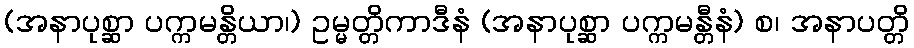
(အနာပုစ္ဆာ ပက္ကမန္တိယာ၊) ဥမ္မတ္တိကာဒီနံ (အနာပုစ္ဆာ ပက္ကမန္တီနံ) စ၊ အနာပတ္တိ